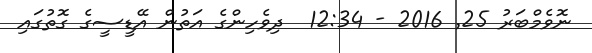
ނޮވެމްބަރު 25